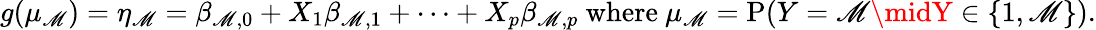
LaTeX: g(\mu_{\mathscr{M}})=\eta_{\mathscr{M}}=\beta_{\mathscr{M},0}+X_{1}\beta_{\mathscr{M},1}+\cdots+X_{p}\beta_{\mathscr{M},p}{\mathrm{{~where~}}}\mu_{\mathscr{M}}=\mathrm{{P}}(Y=\mathscr{M}\midY\in\{ 1,\mathscr{M}\} ).